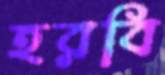
হরবি